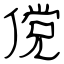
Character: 傥